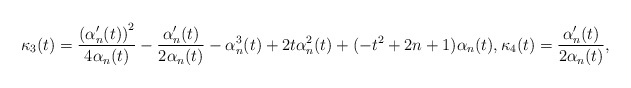
\begin{align*}\begin{aligned}\kappa_3(t)&=\frac{\left(\alpha_n'(t)\right)^2}{4\alpha_n(t)}-\frac{\alpha_n'(t)}{2\alpha_n(t)}-\alpha_n^3(t)+2t\alpha_n^2(t)+(-t^2+2n+1)\alpha_n(t),\kappa_4(t)=\frac{\alpha_n'(t)}{2\alpha_n(t)},\end{aligned}\end{align*}